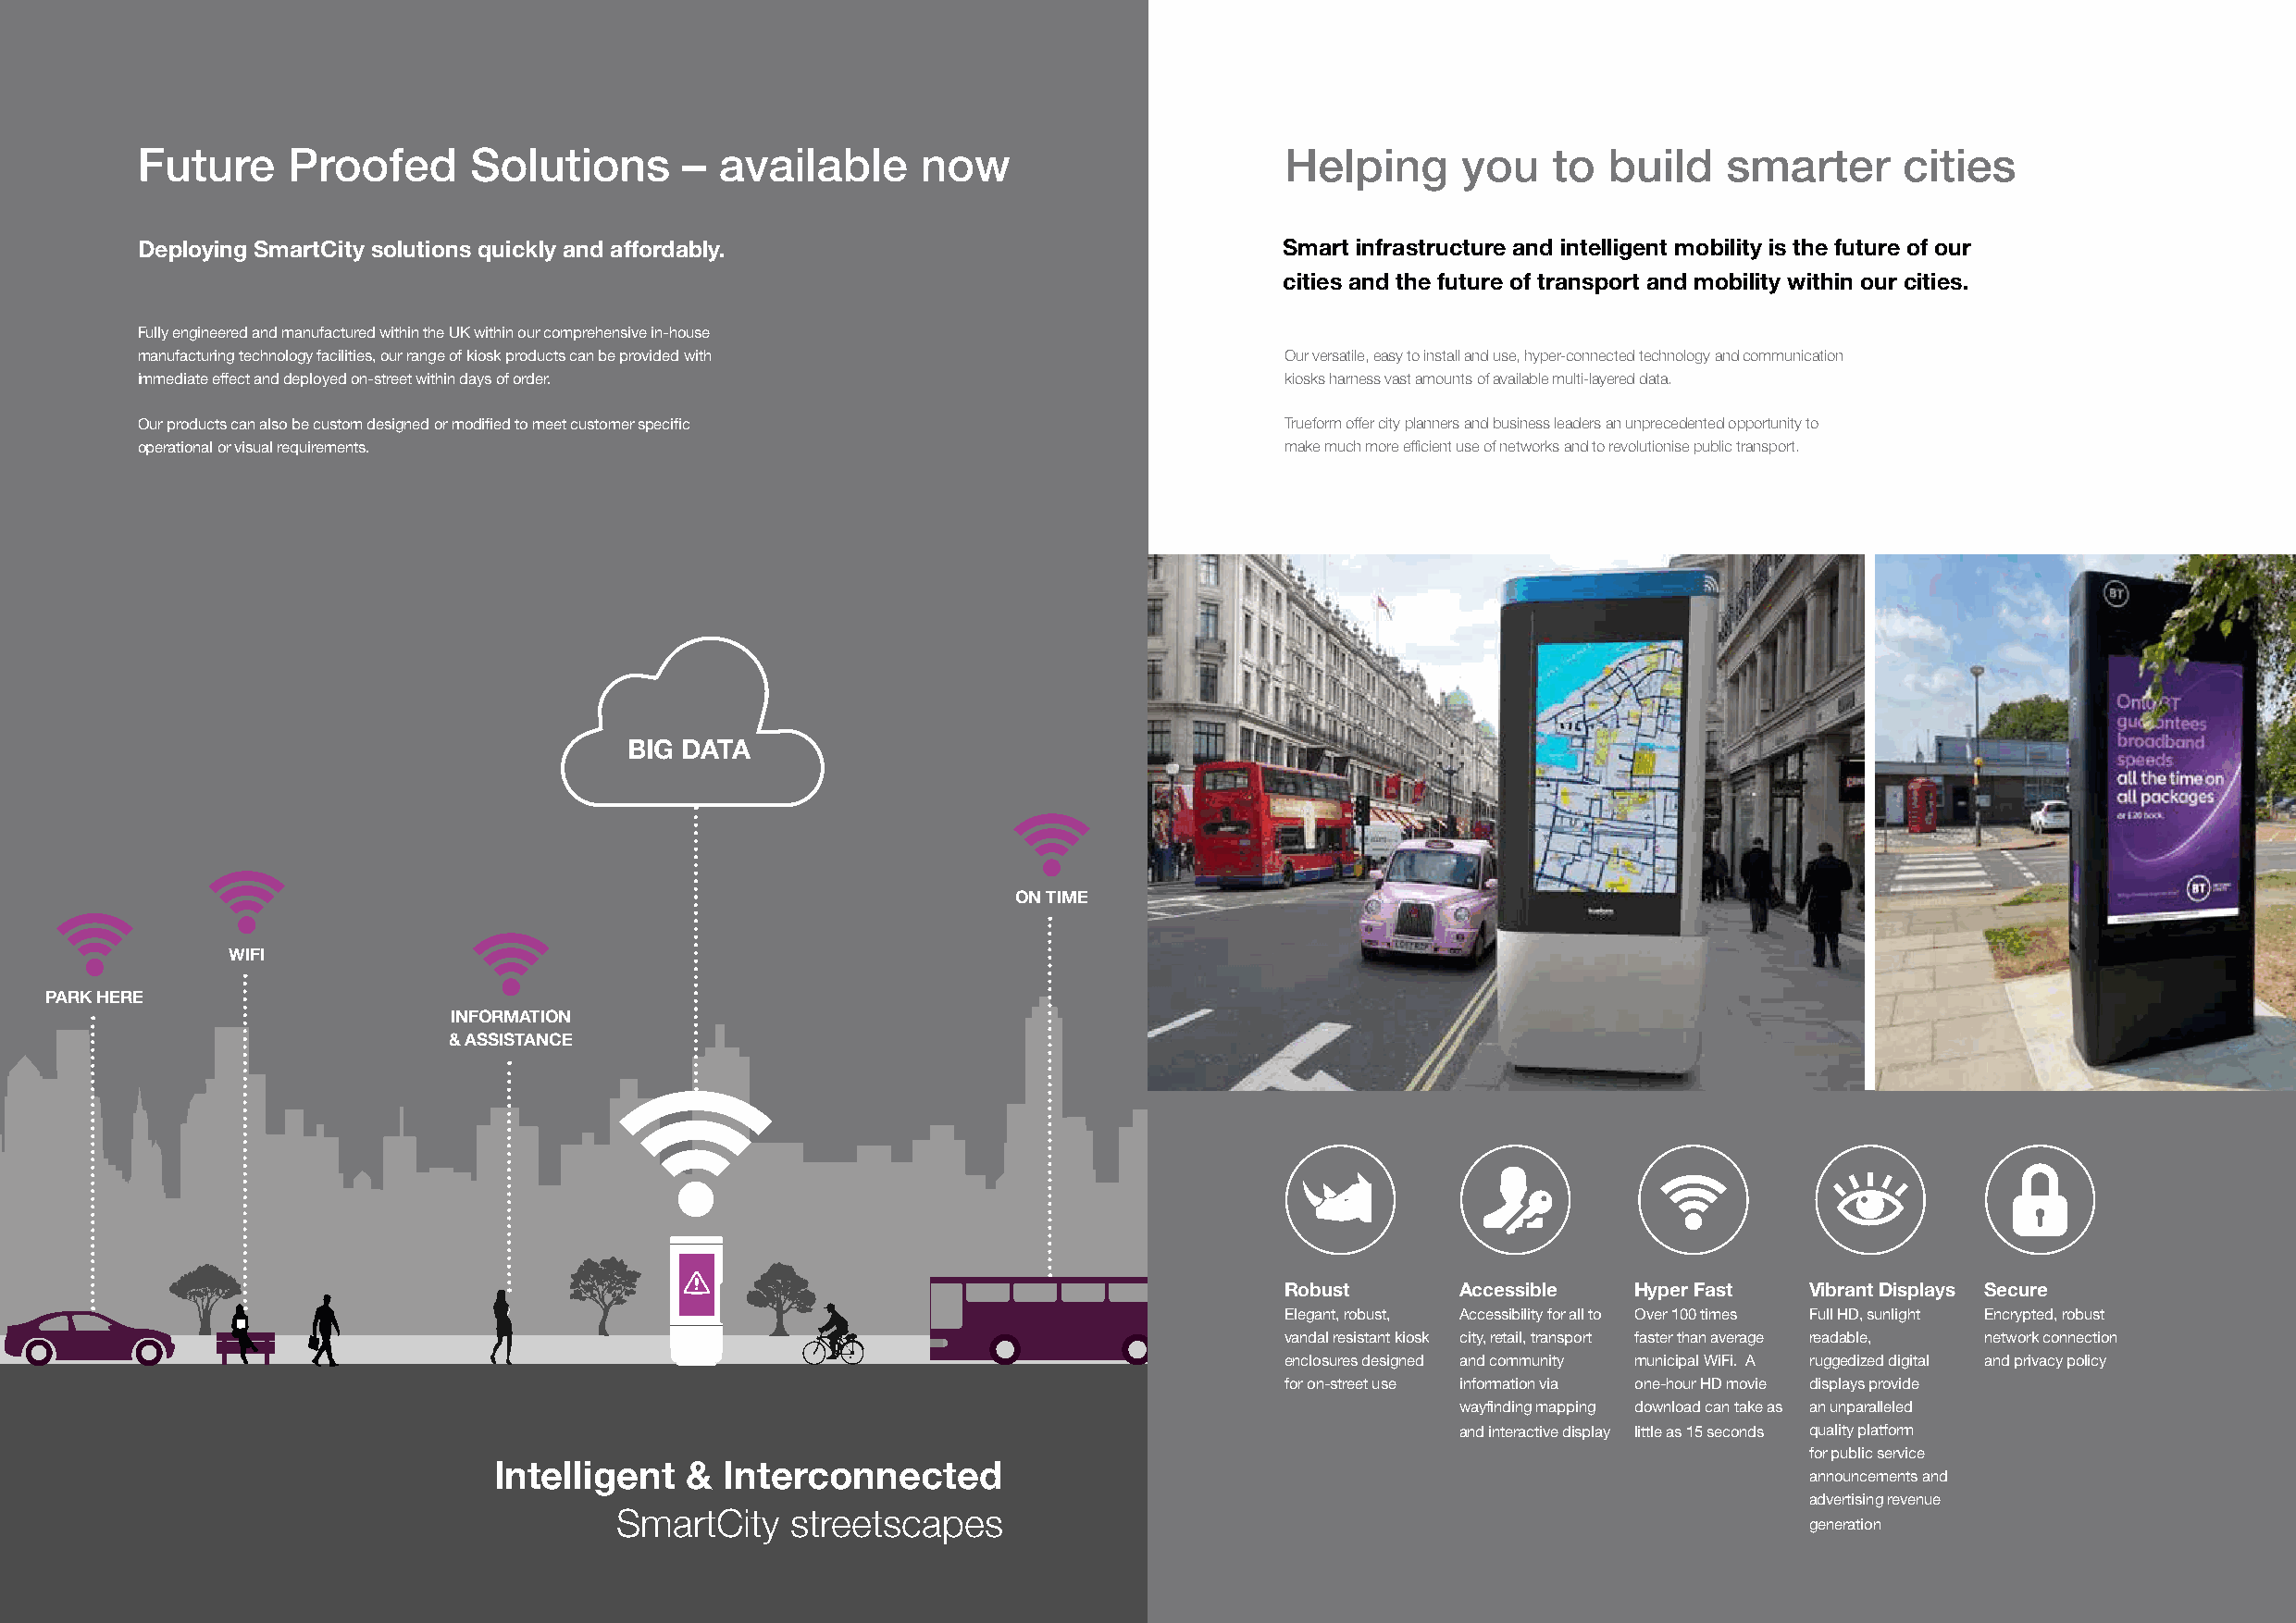
Future     Proofed      Solutions      – available      now                       Helping      you   to  build   smarter      cities
 Deploying SmartCity solutions quickly and affordably.                             Smart infrastructure and intelligent mobility is the future of our
 cities and the future of transport and mobility within our cities.
 Fully engineered and manufactured within the UK within our comprehensive in-house
 manufacturing technology facilities, our range of kiosk products can be provided with Our versatile, easy to install and use, hyper-connected technology and communication
 immediate effect and deployed on-street within days of order.                     kiosks harness vast amounts of available multi-layered data.
 Our products can also be custom designed or modified to meet customer specific    Trueform offer city planners and business leaders an unprecedented opportunity to
 operational or visual requirements.                                               make much more efficient use of networks and to revolutionise public transport.
 BIG DATA
 ON TIME
 WIFI
 PARK HERE
 INFORMATION
 & ASSISTANCE
 Robust      Accessible   Hyper Fast  Vibrant Displays Secure
 Elegant, robust, Accessibility for all to Over 100 times Full HD, sunlight Encrypted, robust
 vandal resistant kiosk city, retail, transport faster than average readable, network connection
 enclosures designed and community municipal WiFi. A ruggedized digital and privacy policy
 for on-street use information via one-hour HD movie displays provide
 wayfinding mapping download can take as an unparalleled
 and interactive display little as 15 seconds quality platform
 for public service
 Intelligent   &  Interconnected                                                               announcements and
 advertising revenue
 SmartCity    streetscapes
 generation